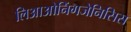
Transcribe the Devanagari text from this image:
लिआओनिंगजेनिसिस